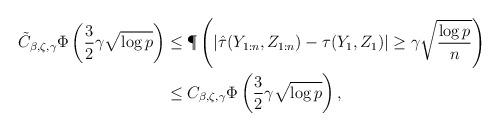
LaTeX: \begin{align*}\tilde C_{\beta,\zeta,\gamma}\Phi\left(\frac{3}{2}\gamma\sqrt{\log p}\right)&\le\P\left(|\hat\tau(Y_{1:n},Z_{1:n})-\tau(Y_1,Z_1)|\ge \gamma\sqrt{\frac{\log p}{n}}\right)\\&\le C_{\beta,\zeta,\gamma}\Phi\left(\frac{3}{2}\gamma\sqrt{\log p}\right),\end{align*}